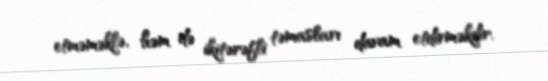
etməməklə, həm də ikitərəfli təmasları davam etdirməkdir.